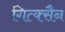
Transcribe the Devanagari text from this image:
गित्क्सैन